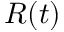
R ( t )